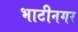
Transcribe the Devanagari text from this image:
भाटीनगर